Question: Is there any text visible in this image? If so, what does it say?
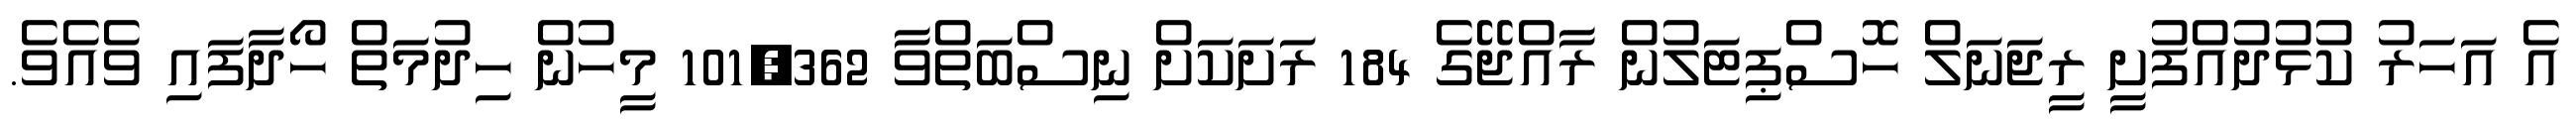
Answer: އެ އަހަރު ކުޅުދުއްފުށީ ރީޖަނަލް ހޮސްޕިޓަލުން ރާއްޖޭގެ 184 ރަށަކަށް ނިސްބަތްވާ 101,362 މީހުން ހިދުމަތް ހޯދާފައި ވެއެވެ.